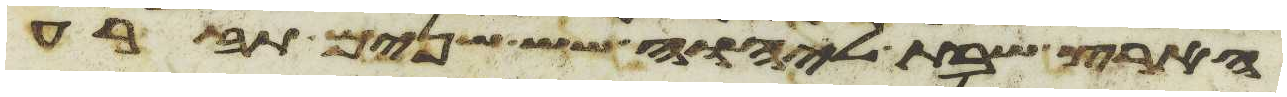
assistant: הארץ שבת ליהוה שש שנים תזרע